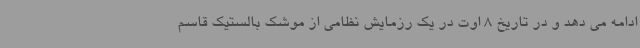
ادامه می دهد و در تاریخ 8 اوت در یک رزمایش نظامی از موشک بالستیک قاسم